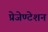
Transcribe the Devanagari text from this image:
प्रेजेण्टेशन